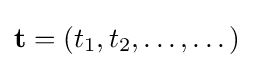
\mathbf {t} =(t_{1},t_{2},\dots ,\dots )